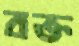
বক্ত